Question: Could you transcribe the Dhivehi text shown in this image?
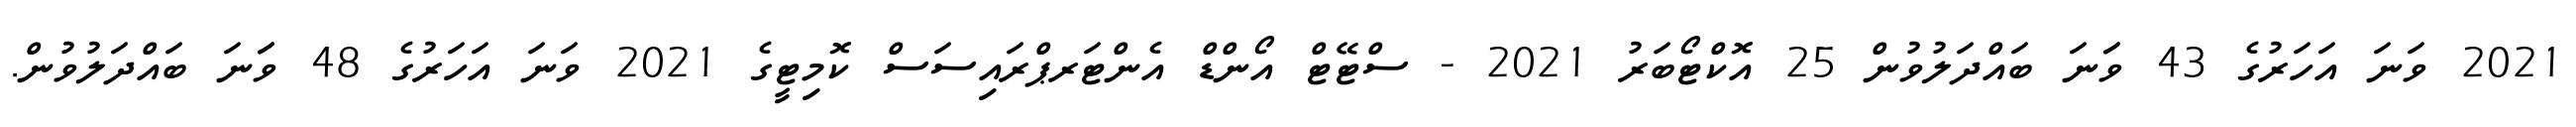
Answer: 2021 ވަނަ އަހަރުގެ 43 ވަަނަ ބައްދަލުވުން 25 އޮކްޓޯބަރު 2021 - ސްޓޭޓް އޯންޑް އެންޓަރޕްރައިސަސް ކޮމިޓީގެ 2021 ވަނަ އަހަރުގެ 48 ވަަނަ ބައްދަލުވުން.